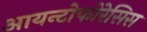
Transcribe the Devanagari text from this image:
आयन्टोफोरेसिस